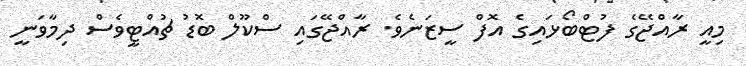
މިއީ ރާއްޖޭގެ ފުޓްބޯޅައިގެ އޮފް ސީޒަނެވެ. ރާއްޖޭގައި ސްކޫލް ބޮޑު ޗުއްޓީވެސް ދިމާވަނީ